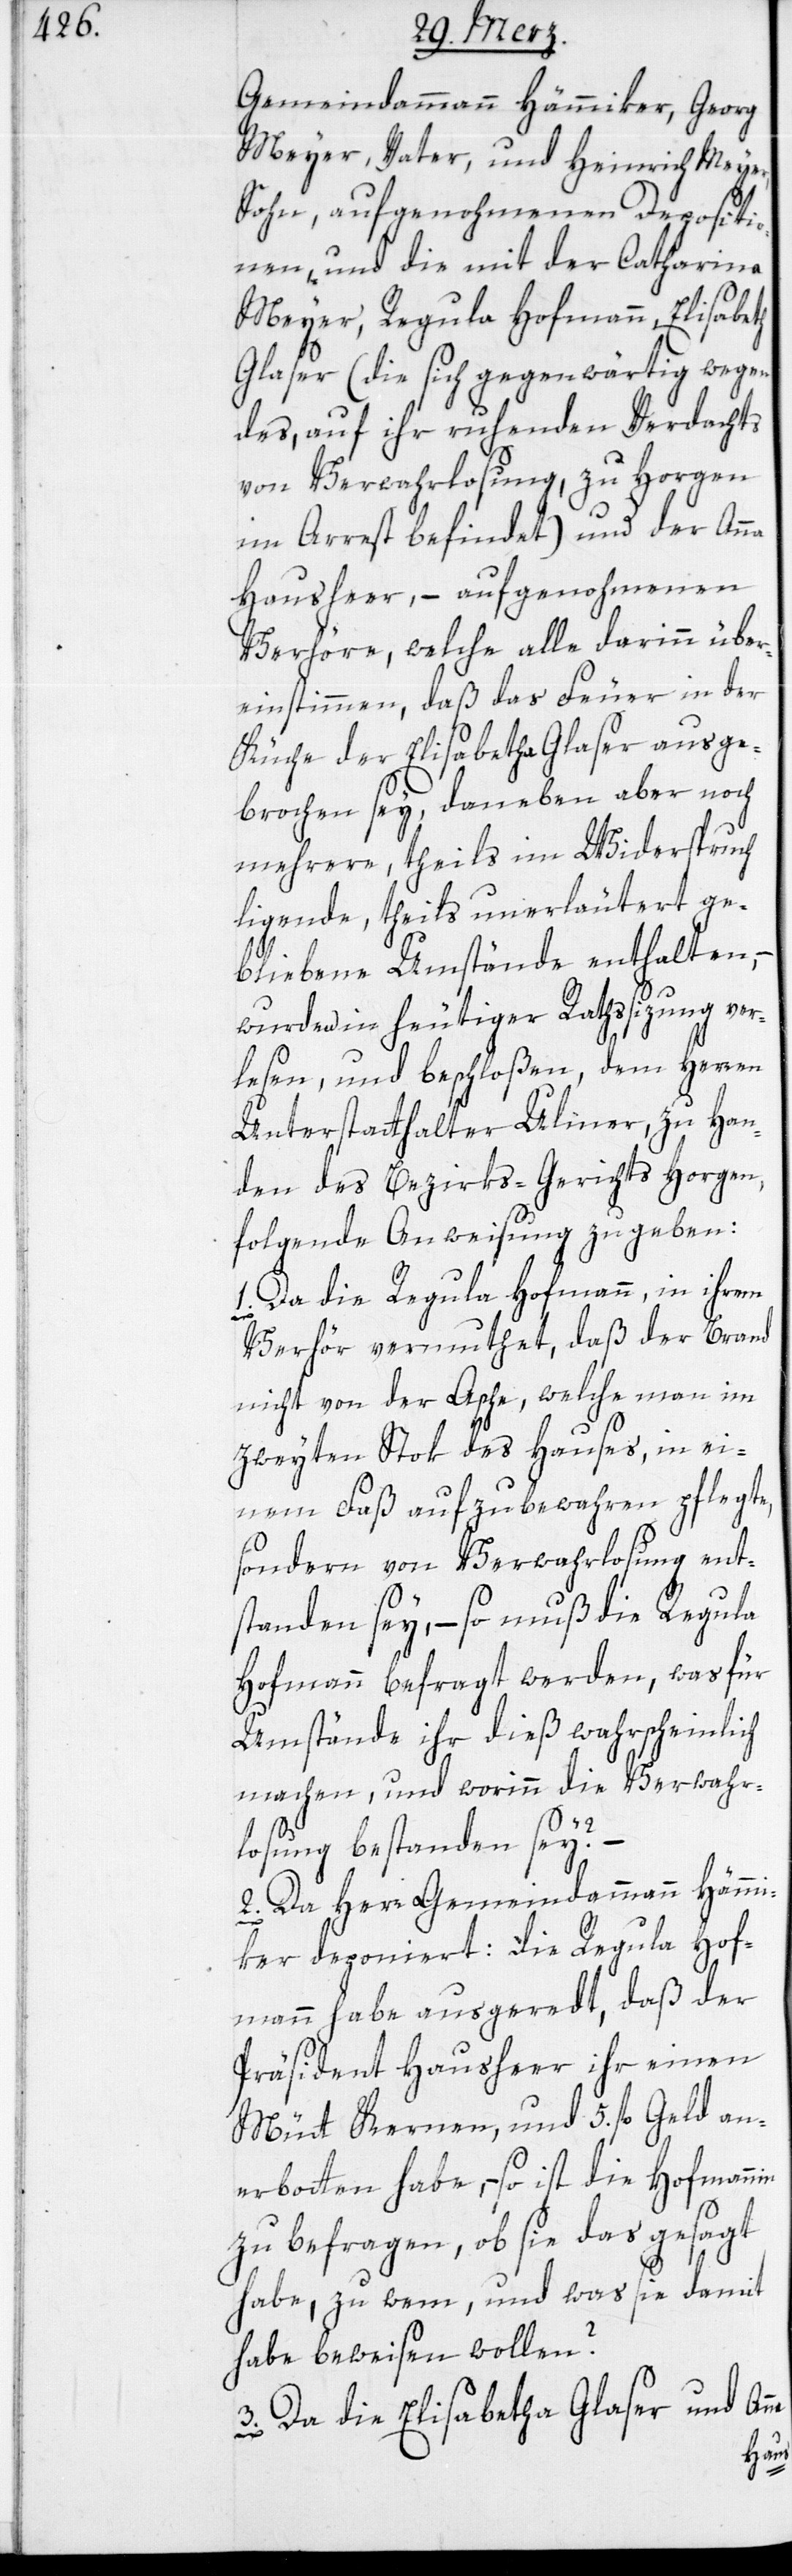
Gemeindammann Hämmiker, Georg
Meyer, Vater, und Heinrich Meyer
Sohn, aufgenohmenen Depositi¬
onen, und die mit der Catharina
Meyer, Regula Hofmann, Elisabeth
Glaser (die sich gegenwärtig wegen
des, auf ihr ruhenden Verdachts
von Verwahrlosung, zu Horgen
im Arrest befindet) und der Anna
Hausheer, – aufgenohmenen
Vehöre, welche alle darinn über¬
einstimmen, daß das Feuer in der
Küche der Elisabetha Glaser ausge¬
brochen sey, daneben aber noch
mehrere, theils im Widerspruch
ligende, theils unerläutert ge¬
bliebene Umstände enthalten,
wurden in heutiger Rathssizung ver¬
lesen, und beschloßen, dem Herren
Unterstatthalter Ulmer, zu Han¬
den des Bezirks-Gerichts Horgen,
folgende Anweisung zu geben:
Da die Regula Hofmann, in ihrem
Verhör vermuthet, daß der Brand
nicht von der Asche, welche man im
zweyten Stok des Hauses, in ei¬
nem Faß aufzubewahren pflegte,
sondern von Verwahrlosung ent¬
standen sey, – so muß die Regula
Hofmann befragt werden, was für
Umstände ihr dies wahrscheinlich
machen, und worinn die Verwahr¬
ne
losung bestanden sey?
2. Da Herr Gemeindammann Hämmi¬
ker deponiert: die Regula Hof¬
mann habe ausgeredt, daß der
Präsident Hausheer ihr einen
Mütt Kernen, und 5. fl. Geld an¬
erbotten habe, – so ist die Hofmann¬
zu befragen, ob sie das gesagt
habe, zu wem, und was sie damit
habe beweisen wollen?
3. Da die Elisabetha Glaser und An¬